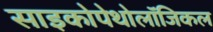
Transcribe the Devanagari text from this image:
साइकोपेथोलॉजिकल